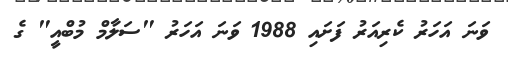
ވަނަ އަހަރު ކެރިއަރު ފަށައި 1988 ވަނަ އަހަރު "ސަލާމް މުބްއީ" ގެ